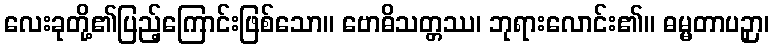
လေးခုတို့၏ပြည့်ကြောင်းဖြစ်သော။ ဗောဓိသတ္တဿ၊ ဘုရားလောင်း၏။ ဓမ္မတာပဉှာ၊